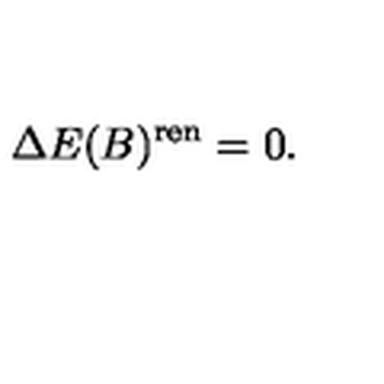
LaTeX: \Delta E ( B ) ^ { \mathrm { r e n } } = 0 .